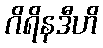
ဂိရိနဒီဟိ